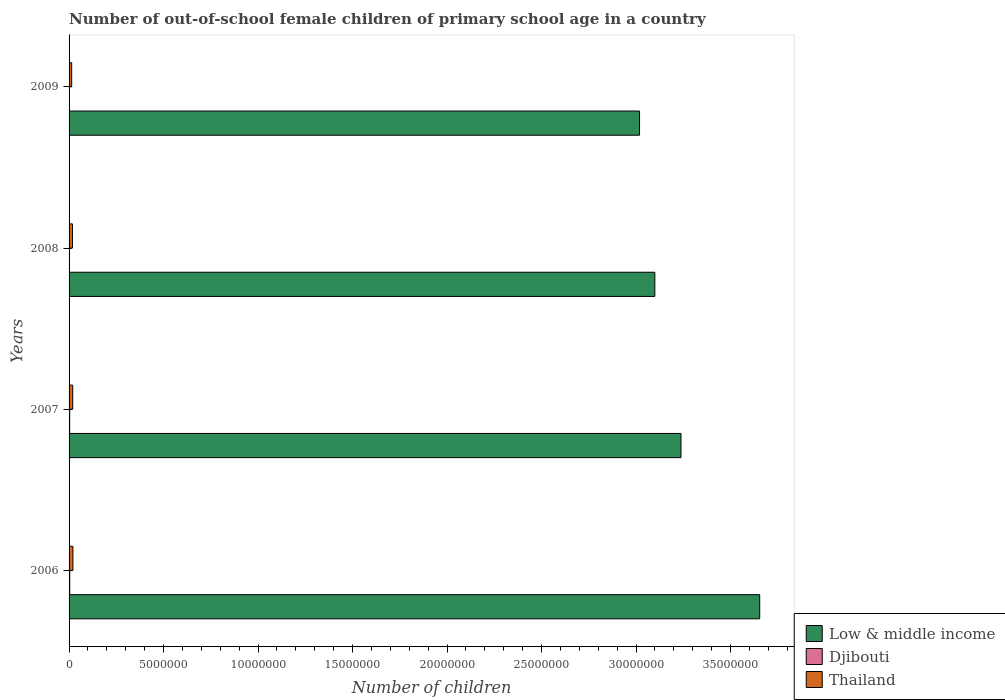
| Years | Low & middle income | Djibouti | Thailand |
 | --- | --- | --- | --- |
 | 2006 | 3.65e+07 | 3.52e+04 | 2.04e+05 |
 | 2007 | 3.24e+07 | 3.15e+04 | 1.92e+05 |
 | 2008 | 3.1e+07 | 2.31e+04 | 1.78e+05 |
 | 2009 | 3.02e+07 | 2.3e+04 | 1.37e+05 |